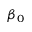
\beta _ { 0 }